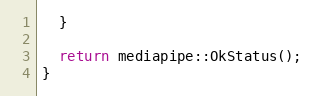
Language: C++
  }

  return mediapipe::OkStatus();
}